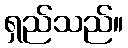
ရှည်သည်။